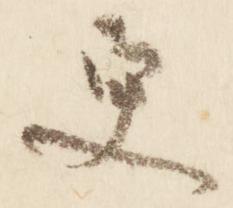
更